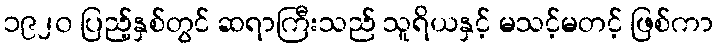
၁၉၂၀ ပြည့်နှစ်တွင် ဆရာကြီးသည် သူရိယနှင့် မသင့်မတင့် ဖြစ်ကာ